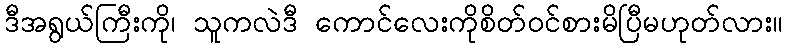
ဒီအရွယ်ကြီးကို၊ သူကလဲဒီ ကောင်လေးကိုစိတ်ဝင်စားမိပြီမဟုတ်လား။